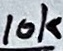
Text: 10k